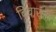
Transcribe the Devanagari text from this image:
बिवारला